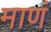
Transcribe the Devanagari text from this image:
माणं